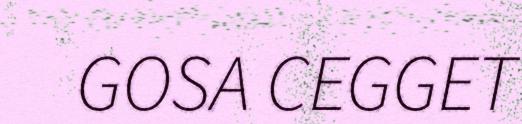
GOSA CEGGET